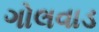
ગોલવાડ